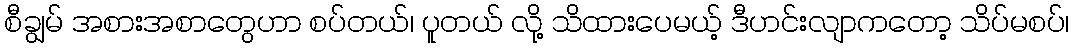
စီချွမ် အစားအစာတွေဟာ စပ်တယ်၊ ပူတယ် လို့ သိထားပေမယ့် ဒီဟင်းလျာကတော့ သိပ်မစပ်၊